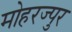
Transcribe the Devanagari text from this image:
मोहरज्पुर